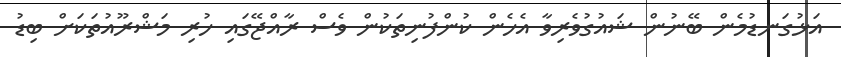
އަޅުގަނޑުމެން ބޭނުން ޝައުގުވެރިވާ އެހެން ކުންފުނިތަކުން ވެސް ރާއްޖޭގައި ހުރި މަޝްރޫއުތަކަށް ބިޑު